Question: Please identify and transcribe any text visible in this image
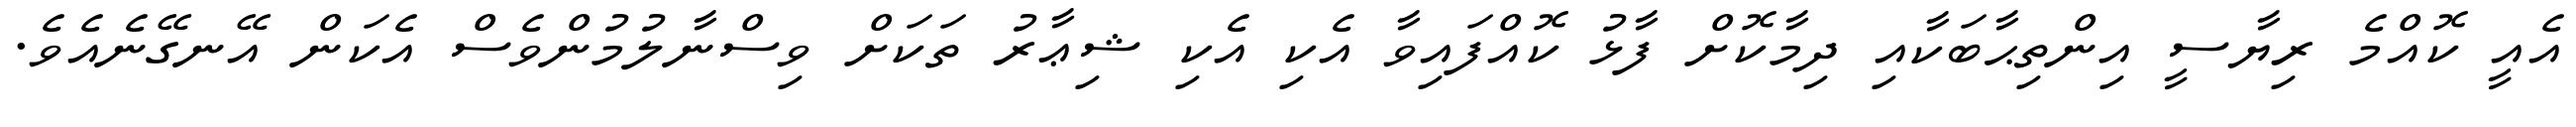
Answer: އެއީ ކޮއްމެ ރިޔާސީ އިންތިޙާބަކާއި ދިމާކޮށް ފާޅު ކޮއްފައިވާ އެކި އެކި ޝިޢާރު ތަކަށް ވިސްނާލުމުންވެސް އެކަން އޭނގޭނެއެވެ.